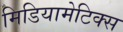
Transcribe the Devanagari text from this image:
मिडियामेटिक्स